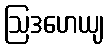
ဩဒဟေယျ